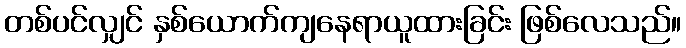
တစ်ပင်လျှင် နှစ်ယောက်ကျနေရာယူထားခြင်း ဖြစ်လေသည်။